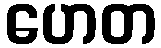
ဟေတ